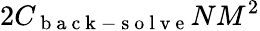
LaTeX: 2C_{\mathrm{~b~a~c~k~-~s~o~l~v~e~}}NM^{2}